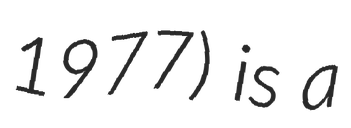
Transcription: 1977) is a